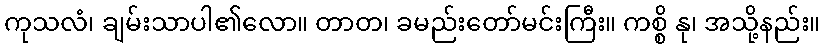
ကုသလံ၊ ချမ်းသာပါ၏လော။ တာတ၊ ခမည်းတော်မင်းကြီး။ ကစ္စိ နု၊ အသို့နည်း။